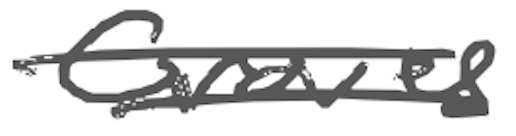
Text: Groves
Cross-out: double-line
Writing tool: digital_gray